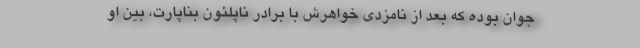
جوان بوده که بعد از نامزدی خواهرش با برادر ناپلئون بناپارت، بین او